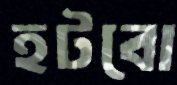
হটবো